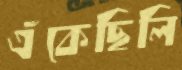
এঁকেছিলি